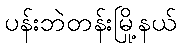
ပန်းဘဲတန်းမြို့နယ်